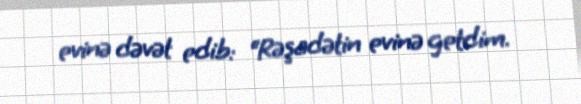
evinə dəvət edib: “Rəşadətin evinə getdim.